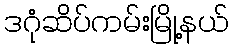
ဒဂုံဆိပ်ကမ်းမြို့နယ်